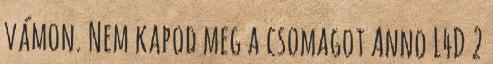
vámon. Nem kapod meg a csomagot Anno L4D 2